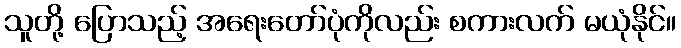
သူတို့ ပြောသည့် အရေးတော်ပုံကိုလည်း စကားလက် မယုံနိုင်။